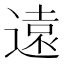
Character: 遠